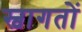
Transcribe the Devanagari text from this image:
स्वागतों